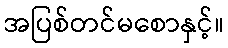
အပြစ်တင်မစောနှင့်။